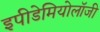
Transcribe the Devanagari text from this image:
इपीडेमियोलॉजी